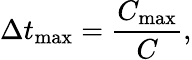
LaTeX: \Delta t_{\operatorname*{max}}=\frac{C_{\operatorname*{max}}}{C},